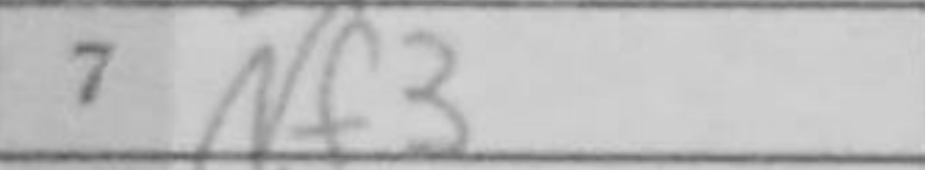
Transcription: Nf3